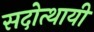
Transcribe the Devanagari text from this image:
सदोत्थायी